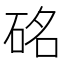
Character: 𥒊